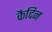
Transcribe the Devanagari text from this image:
कैदिन